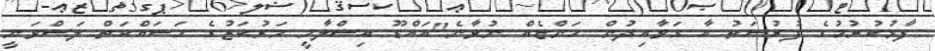
ފާޅުކުރުމުގެ ފުރުސަތު އާ ގަވާއިދުން ހަންޏެއް ނުވާނެ"އައްޑޫ އިސްލާމީ މަރުކަޒުގެ މަސައްކަތް ލަސްވަނީ